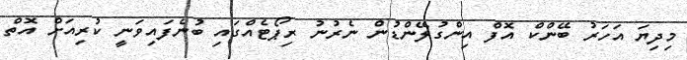
މިދިޔަ އަހަރު ބޭންކް އޮފް އިންގުލޭންޑުން ނެރުނު ރިޕޯޓެއްގައި ބުނެފައިވަނީ ކުރިއަށް އޮތް